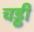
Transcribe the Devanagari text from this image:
चड्ढी